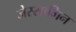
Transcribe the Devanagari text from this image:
जेस्सामिन